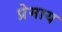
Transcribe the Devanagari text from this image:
प्रेमाय